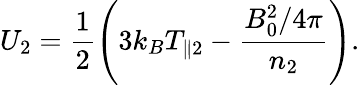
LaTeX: U_{2}=\frac{1}{2}\left(3k_{B}T_{\parallel 2}-\frac{B_{0}^{2}/4\pi}{n_{2}}\right).